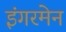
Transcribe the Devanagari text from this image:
इंगरमेन